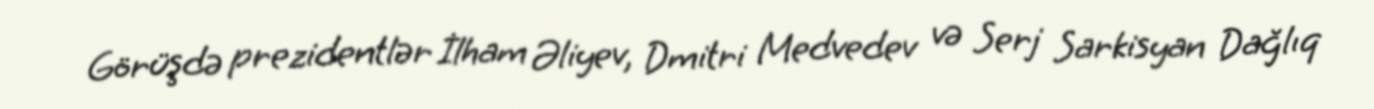
Görüşdə prezidentlər İlham Əliyev, Dmitri Medvedev və Serj Sarkisyan Dağlıq